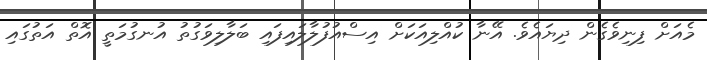
މެއަށް ފިނިވެގެން ދިޔައެވެ. އޭނާ ކުއްލިއަކަށް އިސްއުފުލާލައިފައި ބަލާލިވަގުތު އުނގުމަތީ އޮތް އަތުގައި